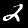
Label: 2